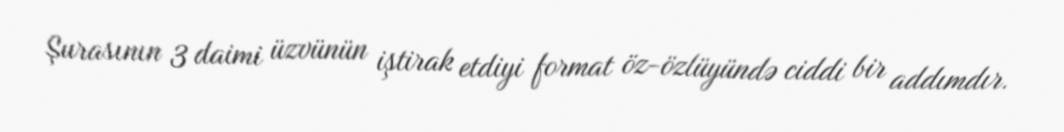
Şurasının 3 daimi üzvünün iştirak etdiyi format öz-özlüyündə ciddi bir addımdır.